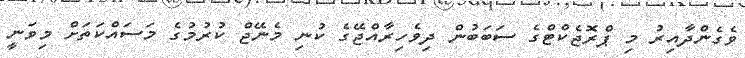
ވެގެންދާއިރު މި ޕްރޮޖެކްޓްގެ ސަބަބުން ދިވެހިރާއްޖޭގެ ކުނި މެނޭޖް ކުރުމުގެ މަސައްކަތަށް މިވަނީ